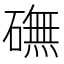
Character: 𥕻